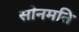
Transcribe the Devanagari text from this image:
सोनमति